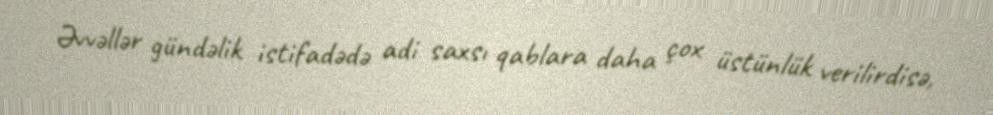
Əvvəllər gündəlik istifadədə adi saxsı qablara daha çox üstünlük verilirdisə,